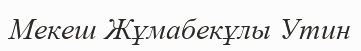
Мекеш Жұмабекұлы Утин